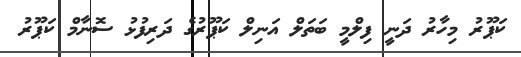
ކަޕޫރު މިހާރު ދަނީ ފިލްމީ ބަތަލް އަނިލް ކަޕޫރުގެ ދަރިފުޅު ސޮނާމް ކަޕޫރު